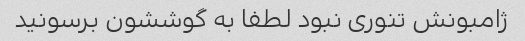
ژامبونش تنوری نبود لطفا به گوششون برسونید